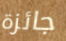
جائزة